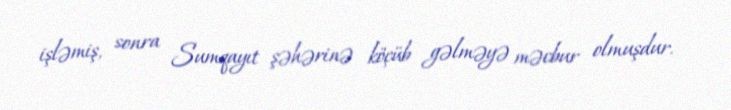
işləmiş, sonra Sumqayıt şəhərinə köçüb gəlməyə məcbur olmuşdur.